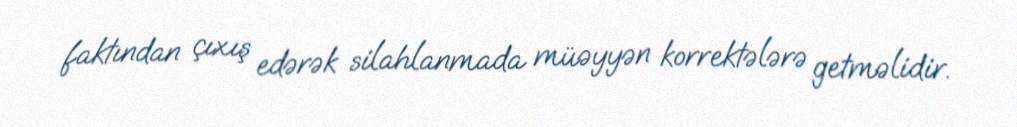
faktından çıxış edərək silahlanmada müəyyən korrektələrə getməlidir.